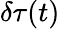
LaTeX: \delta\tau(t)